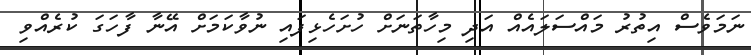
ނަމަވެސް އިތުރު މައްސަލައެއް އަދި މިހާތަނަށް ހުށަހެޅިފައި ނުވާކަމަށް އޭނާ ފާހަގަ ކުރެއްވި